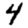
Digit: 4